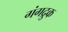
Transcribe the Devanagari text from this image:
गंगद्रुक